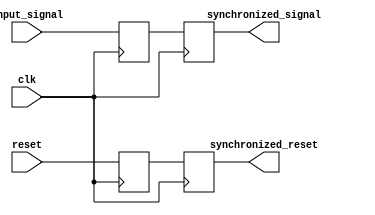
module synchronizer (
    input wire clk,
    input wire input_signal,
    input wire reset,
    output reg synchronized_signal,
    output reg synchronized_reset
);

reg synchronized_signal_ff;
reg synchronized_reset_ff;

always @(posedge clk) begin
    synchronized_signal_ff <= input_signal;
    synchronized_reset_ff <= reset;
end

always @(posedge clk) begin
    synchronized_signal <= synchronized_signal_ff;
    synchronized_reset <= synchronized_reset_ff;
end

endmodule